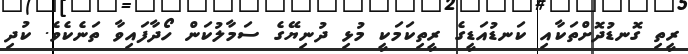
ރީތި ގޮނޑުދޮށްތަކާއި ކަނޑުއަޑީގެ ރީތިކަމަކީ މުޅި ދުނިޔޭގެ ސަމާލުކަން ހޯދާފައިވާ ތަނެކެވެ. ކުދި